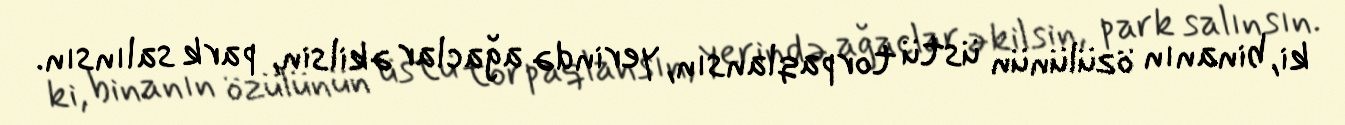
ki, binanın özülünün üstü torpaqlansın, yerində ağaclar əkilsin, park salınsın.